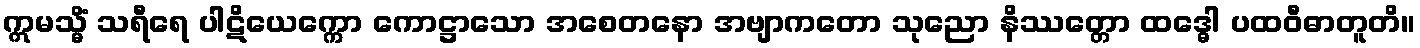
ဣမသ္မိံ သရီရေ ပါဋိယေက္ကော ကောဋ္ဌာသော အစေတနော အဗျာကတော သုညော နိဿတ္တော ထဒ္ဓေါ ပထဝီဓာတူတိ။